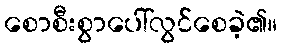
စောစီးစွာပေါ်လွင်စေခဲ့၏။